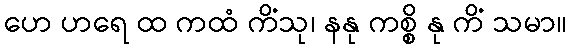
ဟေ ဟရေ ထ ကထံ ကိံသု၊ နနု ကစ္စိ နု ကိံ သမာ။